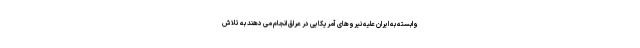
وابسته به ایران علیه نیروهای آمریکایی در عراق انجام می دهند به تلاش